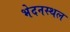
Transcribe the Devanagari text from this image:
भेदनस्थल